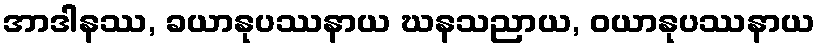
အာဒါနဿ, ခယာနုပဿနာယ ဃနသညာယ, ဝယာနုပဿနာယ